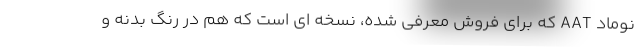
نوماد AAT که برای فروش معرفی شده، نسخه ای است که هم در رنگ بدنه و